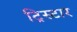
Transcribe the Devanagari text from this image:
ट्रिस्‍टार